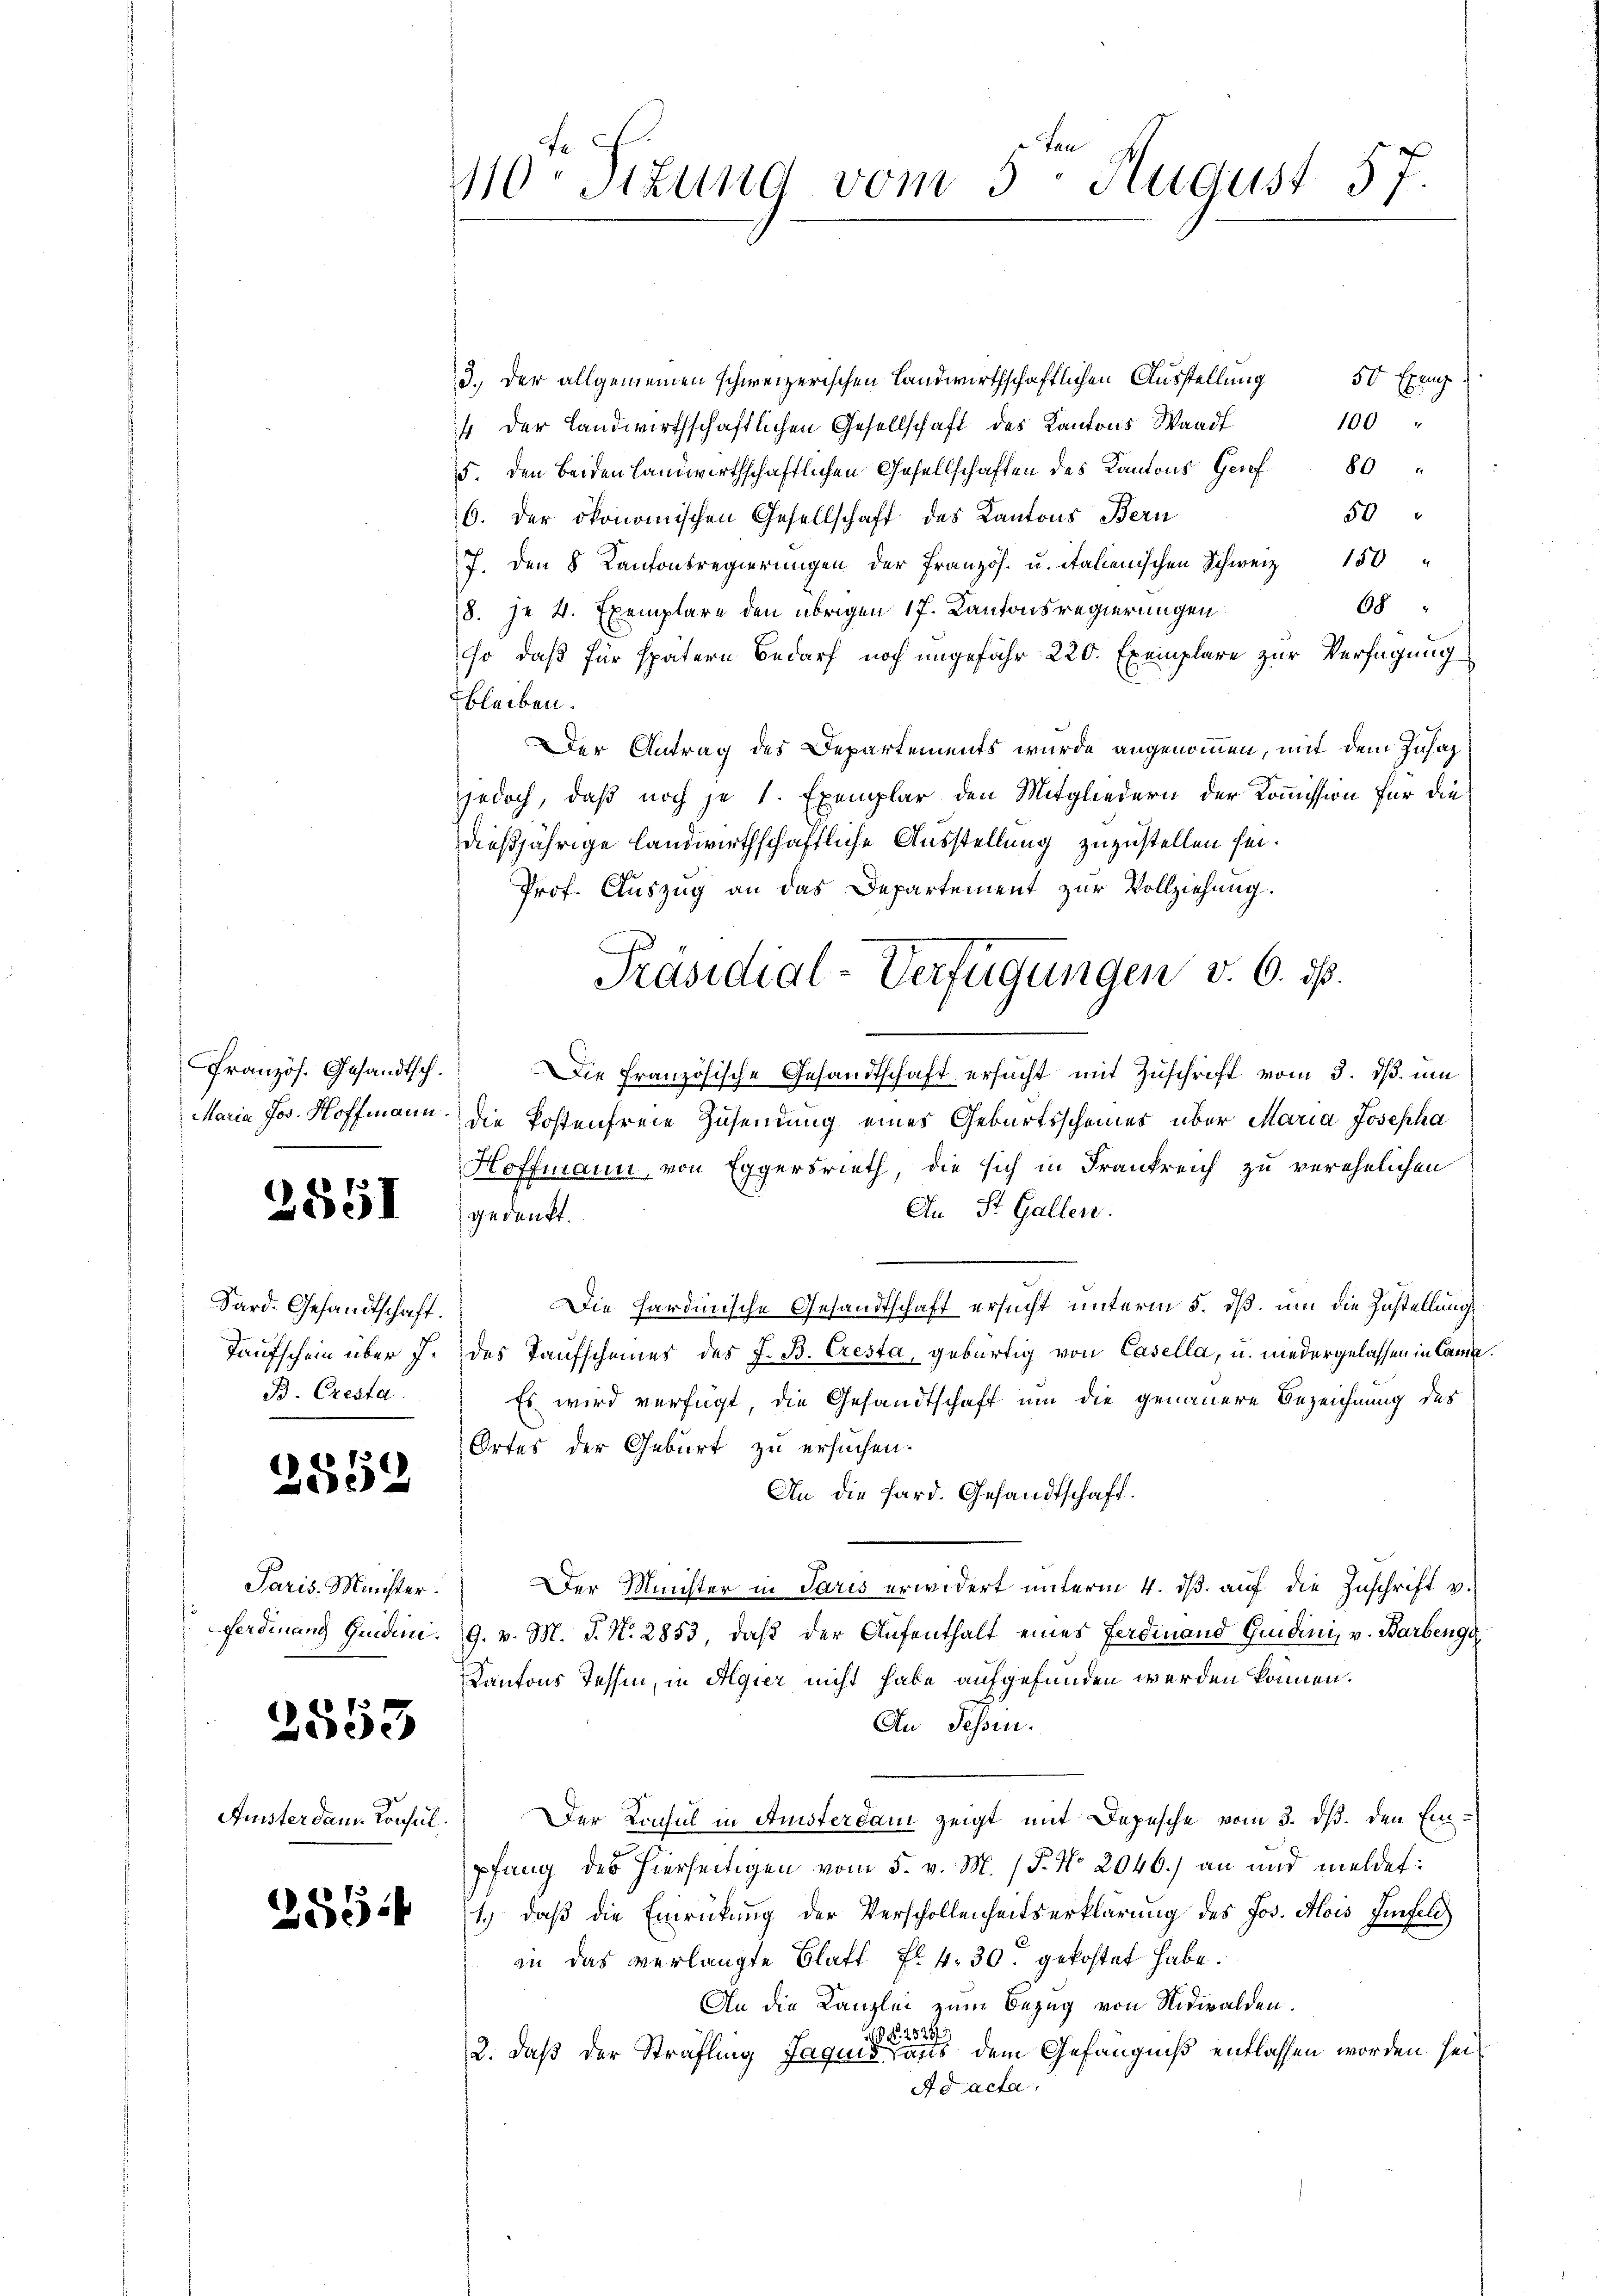
Französ. Gesandtsch.

2551

Sard. Gesandtschaft.
Taufschein über J.
B. Cresta

136)
e

Paris Minister.

2553

Anisterdam Konsul

255 f

5. August 57.
110. Sizung vom

3. der allgemeinen schweizerischen Landwirthschaftlichen Ausstellung
50 Exemp
100
/ der Landwirthschaftlichen Gesellschaft des Kantons Waadt
5. den beiden landwirthschaftlichen Gesellschaften des Kantons Genf 80
50
6. der ökonomischen Gesellschaft des Kantons Bern
7. Den 8 Kantonsregierungen der Französ. u. italienischen Schweiz 150
68
8. je 4. Exemplare den übrigen 17. Kantonsregierungen
so, daß für spätern Bedarf noch ungefahr 220. Exemplare zur Verfügung
bleiben.
Der Antrag des Departements wurde angenommen, mit dem Zusag
jedoch, daß noch je 1 Exemplar den Mitgliedern der Kommission für die
dießjährige Landwirthschaftliche Ausstellung zuzustellen sei.
Prof. Auszug an das Departement zŭr Vollziehung.
Die Französische Gesandtschaft ersucht mit Zuschrift vom 3. ds. um
Maria Jos. Hoffmann die Postenfreie Zusendung eines Geburtsscheines über Maria Josepha
Hoffmann, von Eggersrieth, die sich in Frankreich zu verehelichen
An St. Gallen.
d. 4. Markt.
Die hardinische Gesandtschaft ersucht unterm 5. dß, um die Zustellung
des Taufscheiner des J. B. Cresta, gebürtig von Casella, u. niedergelassen in Came¬
Es wird verfügt die Gesandtschaft um die genauere Bezeichnung des
Ortes der Geburt zu ersuchen.
An die Pard. Gesandtschaft.
Der Meister in Paris erwidert unterm 4. dβ aŭf die Zuschrift v.
Ferdinand Quiden. 9. v. M. J. N. 2853, daß der Aufenthalt eines Ferdinand Gudini, v. Barbenge
Kantons Tessin, in Algier nicht habe aufgefunden werden können.
An Sessen.
Der Konsul in Anisterdam zeigt mit Depesche vom 3. ds. den Einpfang des hierseitigen vom 5. v. M. (T. No 2046.) an und meldet:
1.) daß die Einrückung der Verschollenheitserklärung des Jos. Alois Einfeld
in das verlangte Blatt fl. 4, 30. gekostet habe.
An die Kanzlei zum Bezug von Nidwalden.
 N. 2528.
2. daß der Sträfling Jaquis aus dem Gefängniß entlassen worden sei
Ad acta.

Präsidial-Verfügungen v. 6. ds.